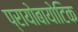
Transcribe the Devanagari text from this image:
प्रायोबायोटिक